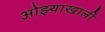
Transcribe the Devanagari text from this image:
ओझ्याखालीं